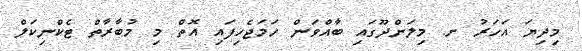
މިދިޔަ އަހަރު ށ. މިލަންދޫގައި ބާއްވަން ހަމަޖެހިފައި އޮތް މި މުބާރާތް ޓެކްނިކަލް